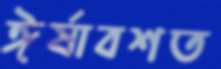
ঈর্ষাবশত